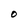
Character: O